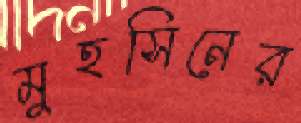
মুহসিনের